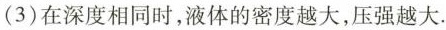
(3)在深度相同时，液体的密度越大，压强越大.